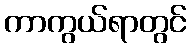
ကာကွယ်ရာတွင်